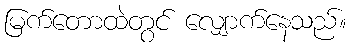
မြက်တောထဲတွင် လျှောက်နေသည်။